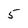
Character: 5